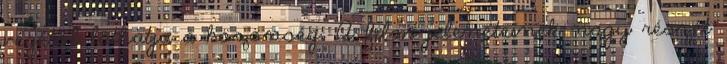
végétől láthatja a közönség. A film jeleneteinek nagy részét